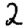
Digit: 2